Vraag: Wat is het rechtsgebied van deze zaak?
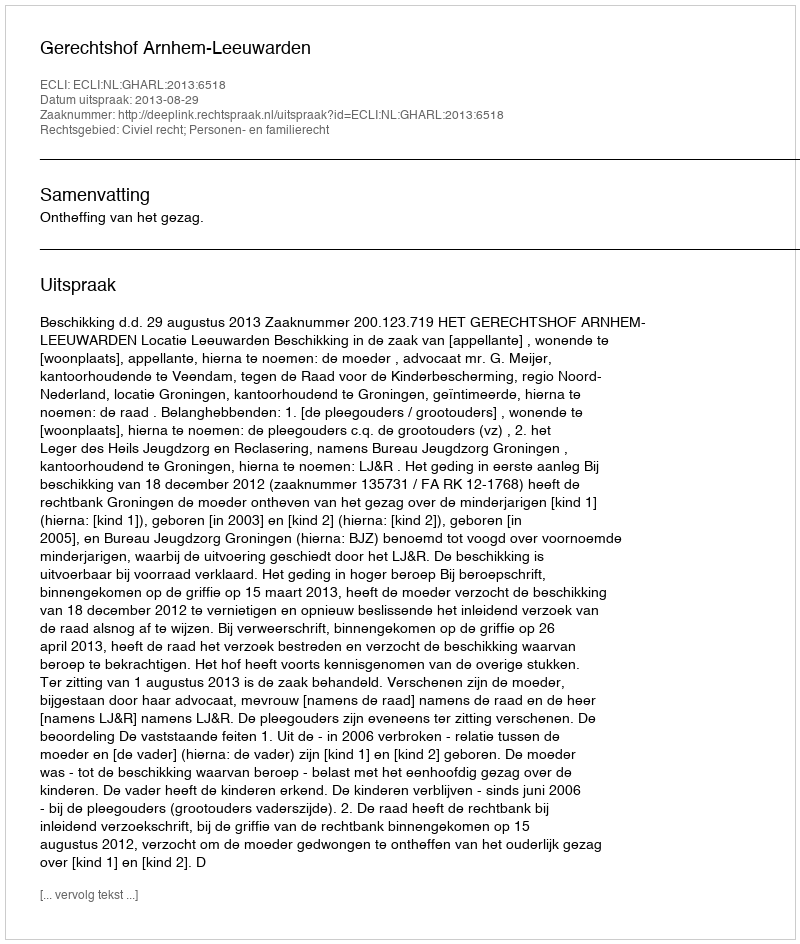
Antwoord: Civiel recht; Personen- en familierecht